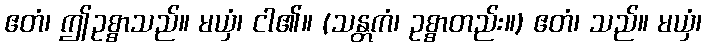
ဧတံ၊ ဤဥစ္စာသည်။ မယှံ၊ ငါ၏။ (သန္တကံ၊ ဥစ္စာတည်း။) ဧတံ၊ သည်။ မယှံ၊